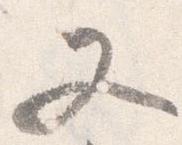
又